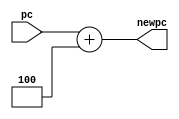
module  adder (pc, newpc);

 
input [31:0] pc;

output [31:0] newpc;


wire [31:0] pc;





 assign newpc=pc+4 ;

 
endmodule